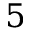
5